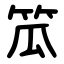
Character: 笟